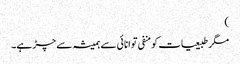
)
مگر طبیعیات کو منفی توانائی سے ہمیشہ سے چڑ ہے۔